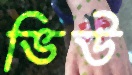
ভিউ